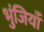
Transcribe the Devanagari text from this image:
भुंजियाँ